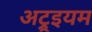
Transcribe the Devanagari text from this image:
अट्रूइयम